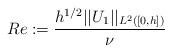
LaTeX: \begin{align*}Re:=\frac{h^{1/2}||U_1||_{L^2([0,h])}}{\nu}\end{align*}